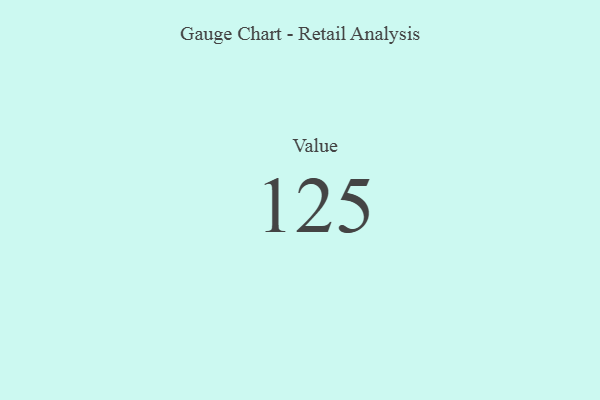
{"axis": {"x": "Metric", "y": "Value"}, "legend": [""], "data": [{"x": "Value", "y": 125, "type": ""}]}